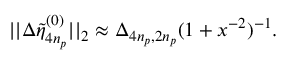
| | \Delta \tilde { \eta } _ { 4 n _ { p } } ^ { ( 0 ) } | | _ { 2 } \approx \Delta _ { 4 n _ { p } , 2 n _ { p } } ( 1 + x ^ { - 2 } ) ^ { - 1 } .